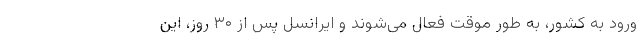
ورود به کشور، به طور موقت فعال می‌شوند و ایرانسل پس از ۳۰ روز، این